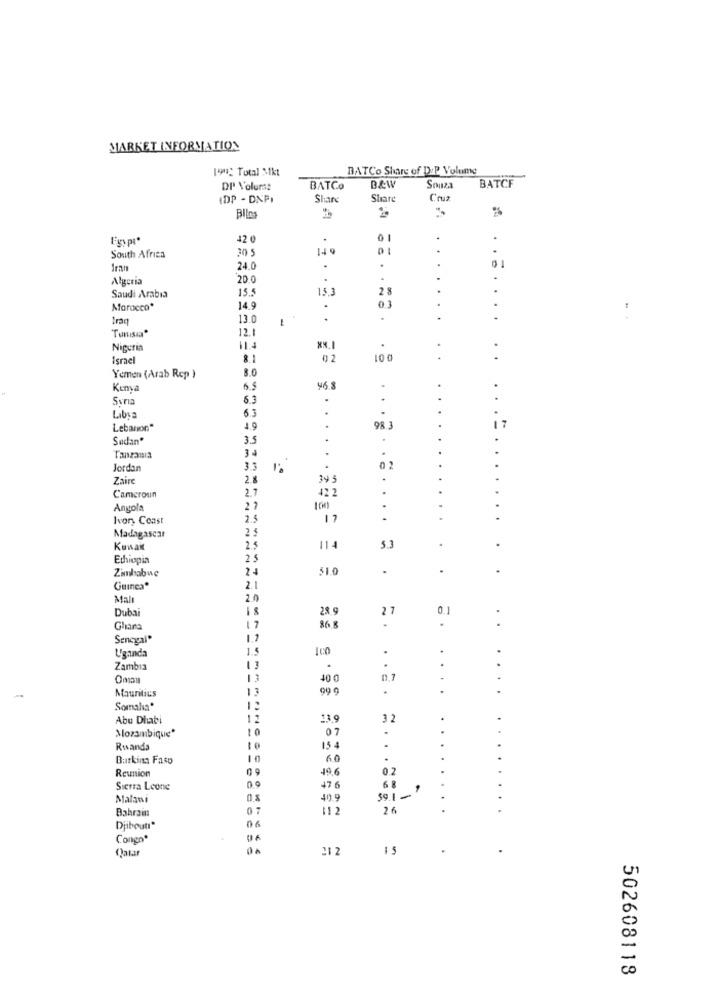
MARKET INFORMATION
[99: Total Mkt
BATCo Share of D:P Volume
BATCF
DP Volurs:
BATCo
B&W
Souza
ADP - DXPI
Share
Share
Cruz
Bilo
42 0
01
30 5
.
South Africa
Iran
24.0
...
...
Algeria
20.0
15.5
2 8
.
Saudi Arabia
Marocco*
14.9
.
0.3
Iraq
13.0
..
12.1
Nigeria
114
Israel
8.1
02
100
8.0
Yemen (Arab Rep )
Kenya
46.8
.
Svria
6.3
.
Libya
.
Lebanon"
4.9
98.3
17
Sudan"
3.5
3 4
Jordan
3.3
02
Zaire
2.1
34 5
2.7
422
Cameroun
Angola
27
Ivory Coast
2.5
17
...
25
Madagascar
Kuwait
2.5
114
.
Ethiopia
25
24
51.0
.
.
Zimbabwe
Guinea®
2.1
Mal
2.0
Dubai
27
0.1
:
.
Ghana
17
86.8
Sencyal®
Uganda
1.5
.
.
.
Zambia
13
.
.
Oman
13
40 0
0.7
Mauritius
13
99 9
.
..
Somalia"
Abu Dhabi
11
13.9
32
Mozambique"
10
07
Rwanda
15 4
..
Burkina Faso
10
6.0
.
Reunion
09
0.2
Sierra Leone
476
68
Malawi
0.8
40.9
59.1-
.
Bahrain
112
26
Djibouti*
Congo*
Qatar
212
502608118